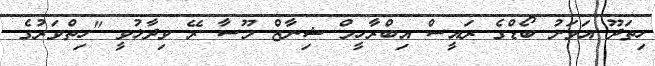
ހިތަދޫ އަވަށު ބޯޑްގެ ރައީސް އިބްރާހީމް ޝިނާޒް މޫސާ ރޭ ވިދާޅުވީ "ހިތްވަރުގެ